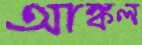
আঙ্কল